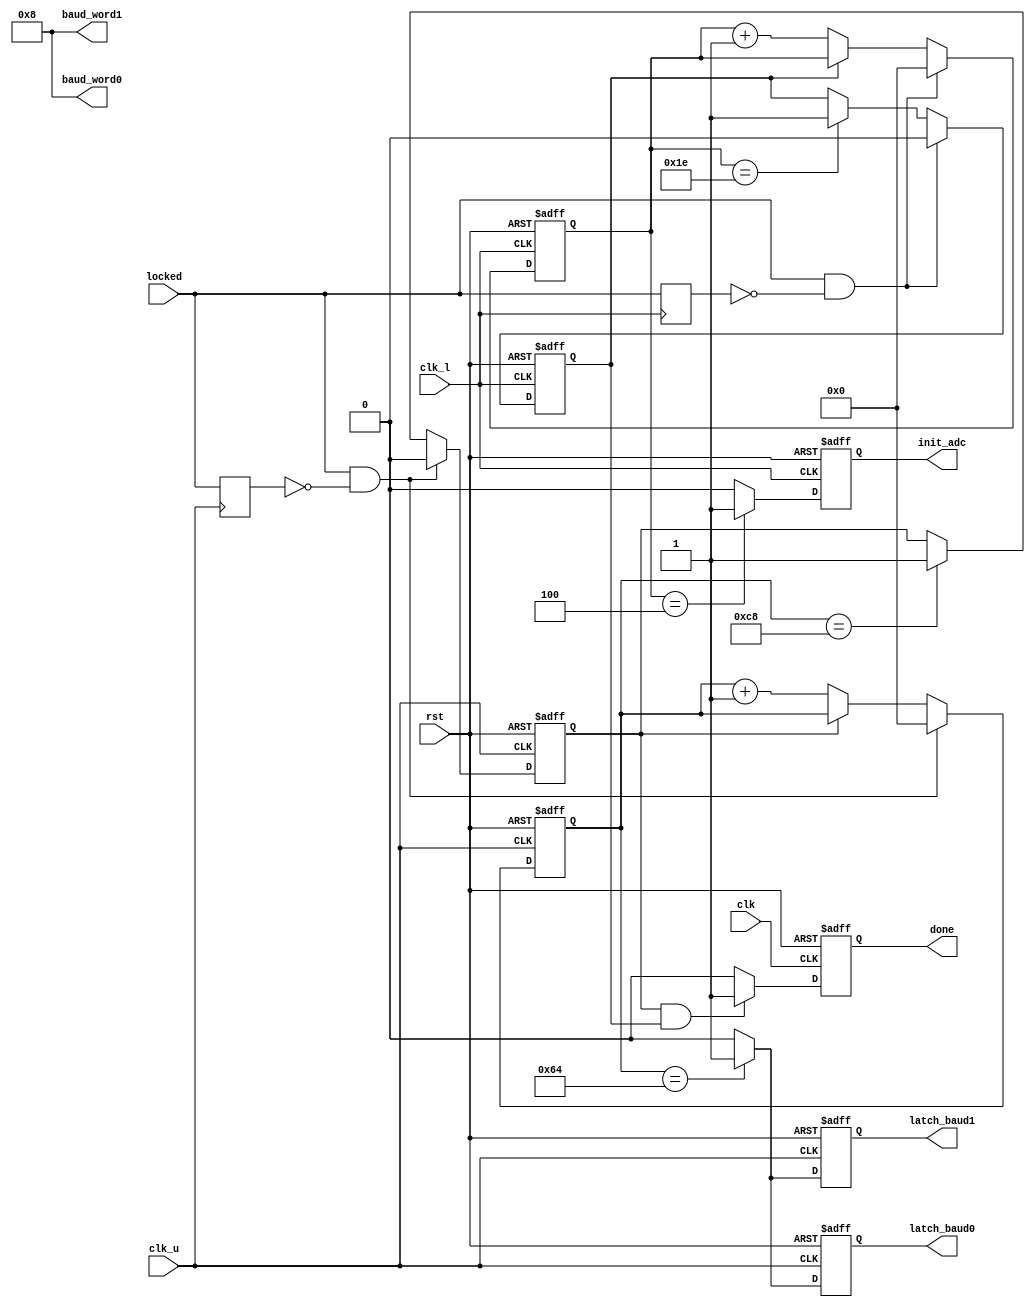
//--------------------------------------------------------------------------------------------------
//
// Title		: init_ctrl
// Design		: sig_acq
// Company		: xkf
// Description	: Initialize the baudrate of UARTs and generate 
//				  the initialization signal to the ADC (TLC3548) 
//
//-------------------------------------------------------------------------------------------------

module init_ctrl(
	clk,
	clk_l,
	clk_u,
	rst,
	locked,
	
	latch_baud0,
	baud_word0, 
	latch_baud1,
	baud_word1,
	
	init_adc,

	done
	);
	
parameter WAIT_LEN_U = 16'd200;
parameter INIT_ST_U = 16'd100;
parameter BAUD_WORD0_SET = 16'd8;
parameter WAIT_LEN_L = 16'd30;
parameter INIT_ST_L = 16'd4;
	
input clk;
input clk_l;
input clk_u;
input rst;
input locked;

output reg latch_baud0;
output [15:0] baud_word0; 
output reg latch_baud1;
output [15:0] baud_word1;

output reg init_adc;

output reg done;

reg locked_ur;
reg [15:0] cnt_u;
reg done_u;

reg locked_lr;
reg [15:0] cnt_l;
reg done_l;


always @(posedge clk_u)
	locked_ur <= locked;

always @(posedge clk_u or negedge rst)
	if (!rst)
		cnt_u <= 16'd0;
	else if (locked && !locked_ur)
		cnt_u <= 16'd0;
	else if (!done_u)
		cnt_u <= cnt_u + 1'd1;	
		
always @(posedge clk_u or negedge rst)
	if (!rst)
		done_u <= 1'b0;
	else if (locked && !locked_ur)
		done_u <= 1'b0;
	else if (cnt_u==WAIT_LEN_U)
		done_u <= 1'b1;

always @(posedge clk_u or negedge rst)
	if (!rst)
		latch_baud0 <= 1'b0;
	else if (cnt_u==INIT_ST_U)
		latch_baud0 <= 1'b1;
	else
		latch_baud0 <= 1'b0;
		
assign baud_word0 = BAUD_WORD0_SET;

always @(posedge clk_u or negedge rst)
	if (!rst)
		latch_baud1 <= 1'b0;
	else if (cnt_u==INIT_ST_U)
		latch_baud1 <= 1'b1;
	else
		latch_baud1 <= 1'b0;
		
assign baud_word1 = BAUD_WORD0_SET;
		

always @(posedge clk_l)
	locked_lr <= locked;

always @(posedge clk_l or negedge rst)
	if (!rst)
		cnt_l <= 16'd0;
	else if (locked && !locked_lr)
		cnt_l <= 16'd0;
	else if (!done_l)
		cnt_l <= cnt_l + 1'd1;	
		
always @(posedge clk_l or negedge rst)
	if (!rst)
		done_l <= 1'b0;
	else if (locked && !locked_lr)
		done_l <= 1'b0;
	else if (cnt_l==WAIT_LEN_L)
		done_l <= 1'b1;	
		
always @(posedge clk_l or negedge rst)
	if (!rst)
		init_adc <= 1'b0;
	else if (cnt_l==INIT_ST_L)
		init_adc <= 1'b1;
	else
		init_adc <= 1'b0;
		
always @(posedge clk or negedge rst)
	if (!rst)
		done <= 1'b0;
	else if (done_u && done_l)
		done <= 1'b1;
	else
		done <= 1'b0;
		
endmodule